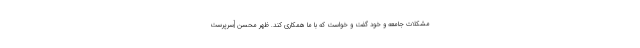
مشكلات جامعه و خود گفت و خواست كه با ما همكارى كند. ظهر محسن [سرپرست